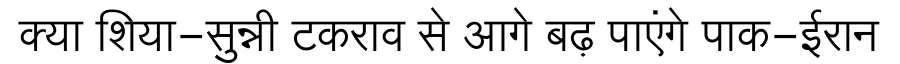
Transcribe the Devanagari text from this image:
क्या शिया-सुन्नी टकराव से आगे बढ़ पाएंगे पाक-ईरान